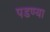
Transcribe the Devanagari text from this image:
पडण्या